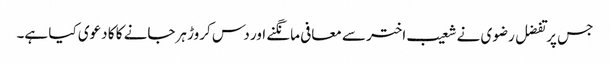
جس پر تفضل رضوی نے شعیب اختر سے معافی مانگنے اور دس کروڑ ہرجانے کا کا دعوی کیا ہے۔